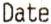
DATE